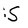
Character: S